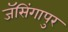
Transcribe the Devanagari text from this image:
जॅसिंगापुर